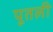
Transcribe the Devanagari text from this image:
पूतली